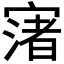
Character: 𡪦